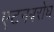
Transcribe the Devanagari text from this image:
एटनबरोघ